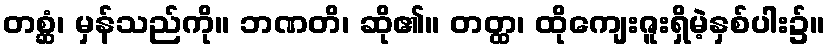
တစ္ဆံ၊ မှန်သည်ကို။ ဘဏတိ၊ ဆို၏။ တတ္ထ၊ ထိုကျေးဇူးရှိမဲ့နှစ်ပါး၌။